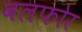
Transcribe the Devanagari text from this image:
बलफोर